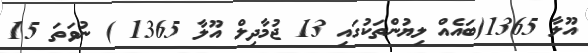
އޫލާ 1365(ބައެއް ލިޔުންތަކުގައި 13 ޖުމާދިލް އޫލާ 1365 ) ނުވަތަ 15